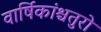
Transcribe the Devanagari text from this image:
वार्षिकांश्चतुरो